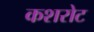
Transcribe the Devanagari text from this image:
कशरोट